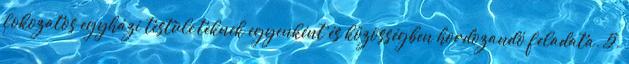
fokozatos egyházi testüle¬teknek egyenként és közösségben hordozandó feladata. 5.